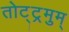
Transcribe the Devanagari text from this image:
तोट्ट्रमुम्